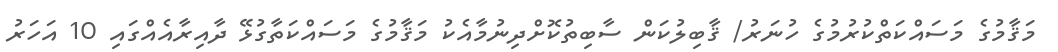
މަޤާމުގެ މަސައްކަތްކުރުމުގެ ހުނަރު/ ޤާބިލުކަން ސާބިތުކޮށްދިނުމާއެކު މަޤާމުގެ މަސައްކަތާގުޅޭ ދާއިރާއެއްގައި 10 އަހަރު